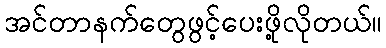
အင်တာနက်တွေဖွင့်ပေးဖို့လိုတယ်။